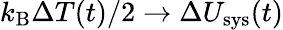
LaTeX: k_{\mathrm{B}}\Delta T(t)/2\rightarrow\Delta U_{\mathrm{sys}}(t)